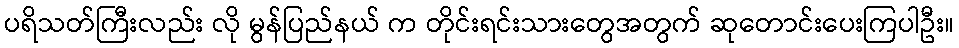
ပရိသတ်ကြီးလည်း လို မွန်ပြည်နယ် က တိုင်းရင်းသားတွေအတွက် ဆုတောင်းပေးကြပါဦး။